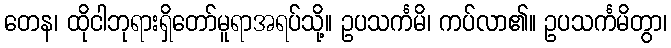
တေန၊ ထိုငါဘုရားရှိတော်မူရာအရပ်သို့။ ဥပသင်္ကမိ၊ ကပ်လာ၏။ ဥပသင်္ကမိတွာ၊